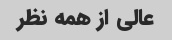
عالی از همه نظر